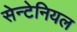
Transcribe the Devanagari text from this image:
सेन्टेनियल